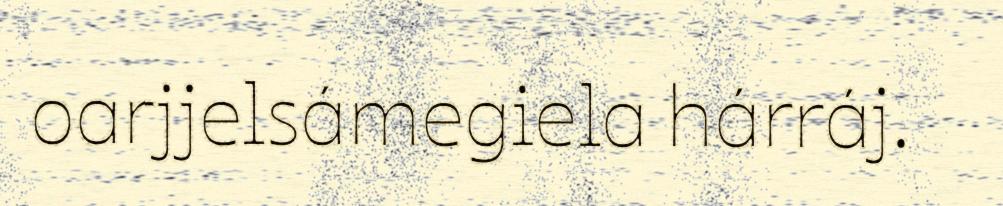
oarjjelsámegiela hárráj.